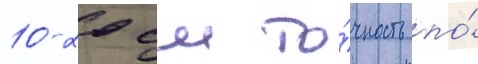
10-20 см то́чность по́